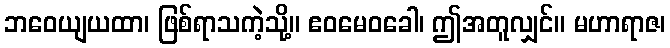
ဘဝေယျယထာ၊ ဖြစ်ရာသကဲ့သို့။ ဧဝမေဝခေါ၊ ဤအတူလျှင်။ မဟာရာဇ၊